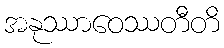
အနုဿာဝေဿတီတိ